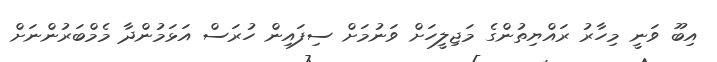
އިބޫ ވަނީ މިހާރު ރައްޔިތުންގެ މަޖިލީހަށް ވަނުމަށް ސިފައިން ހުރަސް އަޅަމުންދާ މެމްބަރުންނަށް